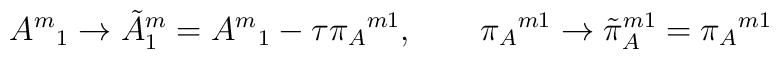
{A^m}_1\to {\tilde A^m}_1={A^m}_1-\tau{\pi_A}^{m1}, \qquad{\pi_A}^{m1}\to{\tilde\pi_A}^{m1}={\pi_A}^{m1}